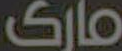
مارک